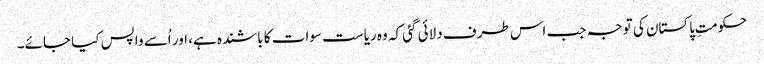
حکومتِ پاکستان کی توجہ جب اس طرف دلائی گئی کہ وہ ریاست سوات کا باشندہ ہے، اور اُسے واپس کیا جائے۔